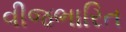
વીજભારિત